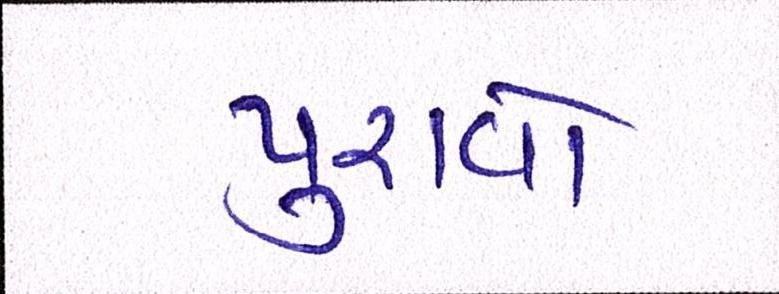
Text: પુરાવો